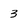
Character: 3